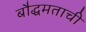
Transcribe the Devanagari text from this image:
बौद्धमताची